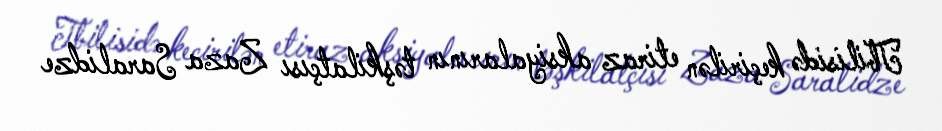
Tbilisidə keçirilən etiraz aksiyalarının təşkilatçısı Zaza Saralidze